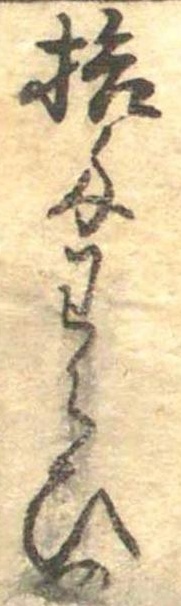
拾匁わらひの